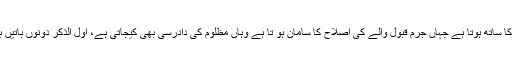
ہر جر م اور اصلاح کا چولی دامن کا ساتھ ہوتا ہے جہاں جرم قبول والے کی اصلاح کا سامان ہو تا ہے وہاں مظلوم کی دادرسی بھی کیجاتی ہے، اول الذکر دونوں باتیں بغیر اداروں کے عملاََ ناممکن ہیں ۔